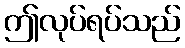
ဤလုပ်ရပ်သည်